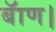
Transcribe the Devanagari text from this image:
बॅाण।